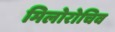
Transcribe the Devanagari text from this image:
मिलोरोचिव